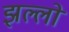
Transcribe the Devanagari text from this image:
झल्लों